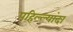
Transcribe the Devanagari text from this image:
पहिल्ल्यांदा